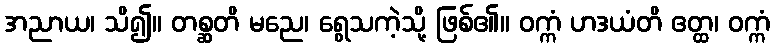
အညာယ၊ သိ၍။ တစ္ဆတိ မညေ၊ ရွေသကဲ့သို့ ဖြစ်၏။ ဝက္ကံ ဟဒယံတိ ဧတ္ထ၊ ဝက္ကံ